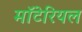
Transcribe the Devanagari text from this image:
मॉटेरियल